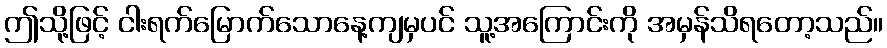
ဤသို့ဖြင့် ငါးရက်မြောက်သောနေ့ကျမှပင် သူ့အကြောင်းကို အမှန်သိရတော့သည်။